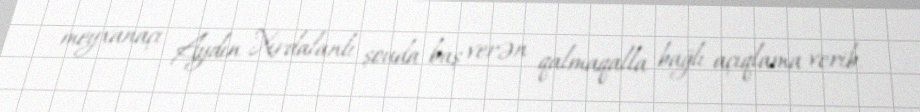
meyxanaçı Aydın Xırdalanlı şouda baş verən qalmaqalla bağlı açıqlama verib.